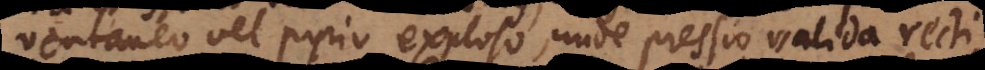
ventaneo vel pyrio exploso, unde pressio valida recti